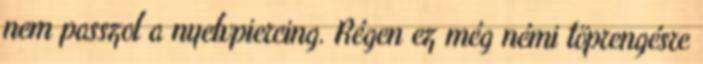
nem passzol a nyelvpiercing. Régen ez még némi töprengésre